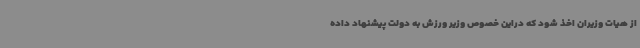
از هیات وزیران اخذ شود که دراین خصوص وزیر ورزش به دولت پیشنهاد داده